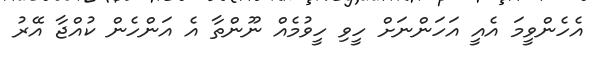
އެހެންވީމަ އެއީ އަހަންނަށް ހީވި ހީވުމެއް ނޫންތާ އެ އަންހެން ކުއްޖާ އޭރު